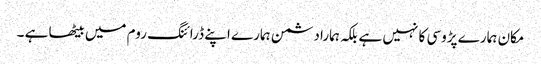
مکان ہمارے پڑوسی کا نہیں ہے بلکہ ہمارا دشمن ہمارے اپنے ڈرائنگ روم میں بیٹھا ہے ۔